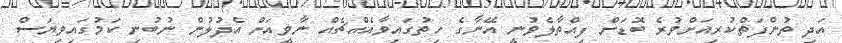
އަދި ތުންފަތްކުރިއަށްވުރެ ބޮޑަށް ފިއްތާލެވުނީ އޭނާގެ ހިތުގައިވާއެއްޗެއް ނާވީއަށް އެދުލުން ނުބުނި ކަމުގައިވިޔަސް